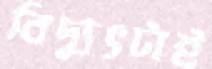
বিদ্যুৎটাই